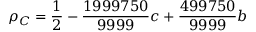
\rho _ { C } = \frac { 1 } { 2 } - \frac { 1 9 9 9 7 5 0 } { 9 9 9 9 } c + \frac { 4 9 9 7 5 0 } { 9 9 9 9 } b